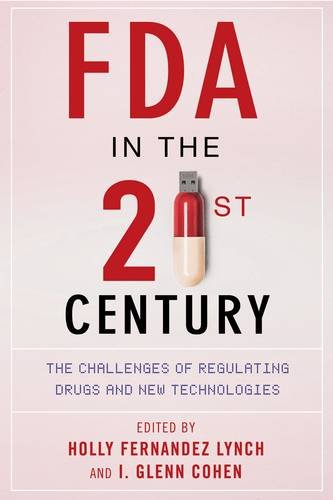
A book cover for FDA in the Twenty-First Century: The Challenges of Regulating Drugs and New Technologies; Medical Books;